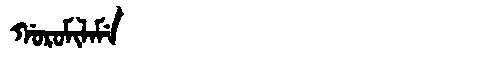
Manchu: ᡤᠣᡵᠣᠮᡳᠯᠠᠮᡝ
Romanization: GOROMILAME